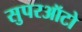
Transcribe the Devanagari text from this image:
सुपरऑटो